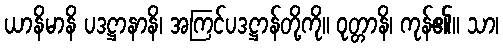
ယာနိမာနိ ပဒဋ္ဌာနာနိ၊ အကြင်ပဒဋ္ဌာန်တို့ကို။ ဝုတ္တာနိ၊ ကုန်၏။ သာ၊